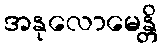
အနုလောမေန္တိ